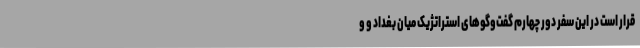
قرار است در این سفر دور چهارم گفت‌وگوهای استراتژیک میان بغداد و و